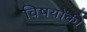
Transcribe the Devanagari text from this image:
विषयोंकी